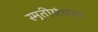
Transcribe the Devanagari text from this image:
स्मृतीग्रंथात